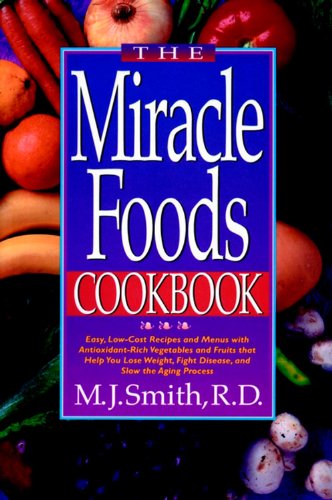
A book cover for The Miracle Foods Cookbook: Easy, Low-Cost Recipes and Menus with Antioxidant-Rich Vegetables and Fruits that Help You Lose Weight, Fight Disease, and Slow the Aging Process; M. J Smith; Health, Fitness & Dieting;